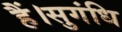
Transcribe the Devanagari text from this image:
हैं।सुगंधि